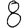
Digit: 8